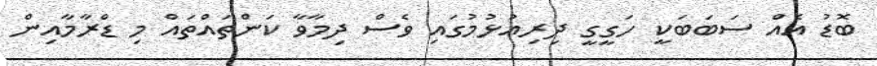
ބޮޑު އެއް ސަބަބަކީ ހަގީގީ ދިރިއުޅުމުގައި ވެސް ދިމާވާ ކަންތައްތައް މި ޑްރާމާއިން